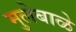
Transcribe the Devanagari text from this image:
मुलेबाळे